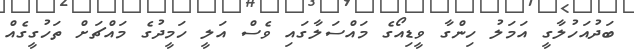
ބަދުއަހުލާގީ އަމަލު ހިންގާ ވީޑިއޯގެ މައްސަލާގައި ވެސް އަލީ ހަމީދުގެ މައްޗަށް ތަހުގީގެއް